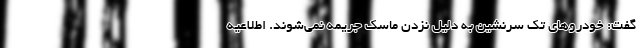
گفت: خودروهای تک سرنشین به دلیل نزدن ماسک جریمه نمی‌شوند. اطلاعیه